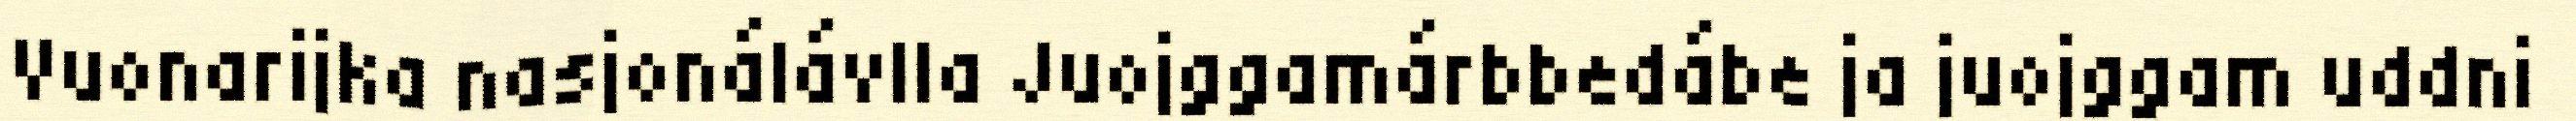
Vuonarijka nasjonálávlla Juojggamárbbedábe ja juojggam uddni